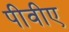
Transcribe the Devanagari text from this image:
पीवीए